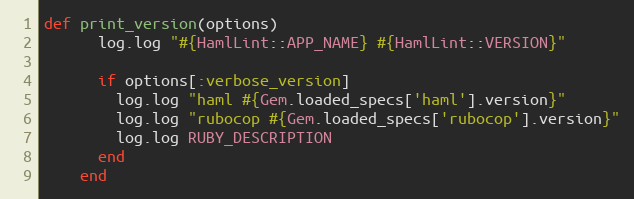
Language: Ruby
def print_version(options)
      log.log "#{HamlLint::APP_NAME} #{HamlLint::VERSION}"

      if options[:verbose_version]
        log.log "haml #{Gem.loaded_specs['haml'].version}"
        log.log "rubocop #{Gem.loaded_specs['rubocop'].version}"
        log.log RUBY_DESCRIPTION
      end
    end